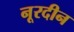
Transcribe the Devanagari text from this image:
नूरदीन